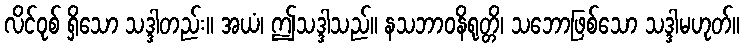
လိင်ဝုစ် ရှိသော သဒ္ဒါတည်း။ အယံ၊ ဤသဒ္ဒါသည်။ နသဘာဝနိရုတ္တိ၊ သဘောဖြစ်သော သဒ္ဒါမဟုတ်။